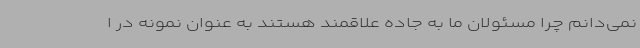
نمی‌دانم چرا مسئولان ما به جاده علاقمند هستند به عنوان نمونه در ا